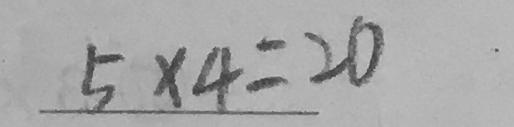
5 \times 4 = 2 0